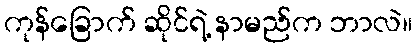
ကုန်ခြောက် ဆိုင်ရဲ့ နာမည်က ဘာလဲ။